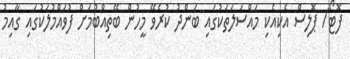
ފޮޓޯ/ ޕޮލިސް އެކިއެކި މައްސަލަތަކުގައި ބަންދު ކުރެވޭ މީހުން ބޭތިއްބުމަށް ފުވައްމުލަކުގައި ގާއިމު